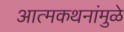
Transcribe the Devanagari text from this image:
आत्मकथनांमुळे